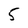
Character: 5